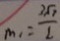
m _ { 1 } = \frac { 3 \sqrt { 7 } } { 2 }